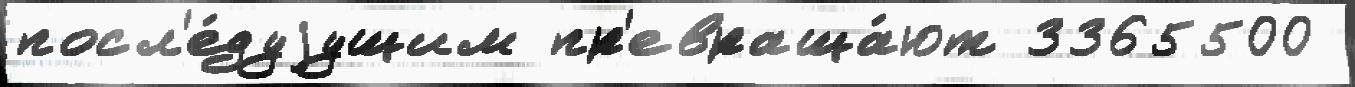
посл'е́дуjущим пр'евраща́ют 3365500